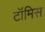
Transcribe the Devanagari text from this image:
टॉमिस